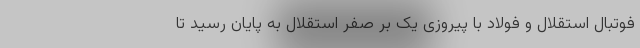
فوتبال استقلال و فولاد با پیروزی یک بر صفر استقلال به پایان رسید تا